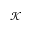
\mathcal { K }